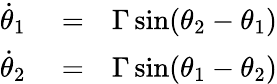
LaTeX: \begin{array}{rlr}{\dot{\theta}_{1}}&{{}=}&{\Gamma\, \mathrm{sin}(\theta_{2}-\theta_{1})}\\ {\dot{\theta}_{2}}&{{}=}&{\Gamma\, \mathrm{sin}(\theta_{1}-\theta_{2})}\end{array}